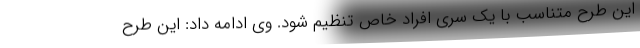
این طرح متناسب با یک سری افراد خاص تنظیم شود. وی ادامه داد: این طرح